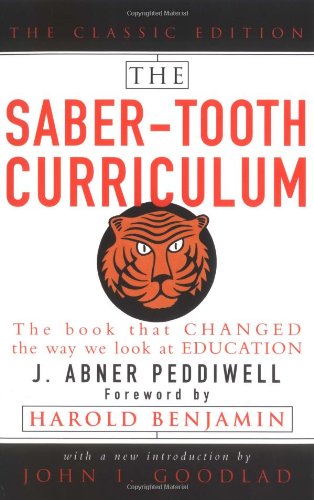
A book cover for The Saber-Tooth Curriculum, Classic Edition; Abner Peddiwell; Humor & Entertainment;